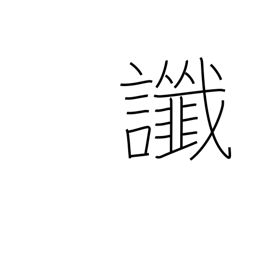
Meaning: omen